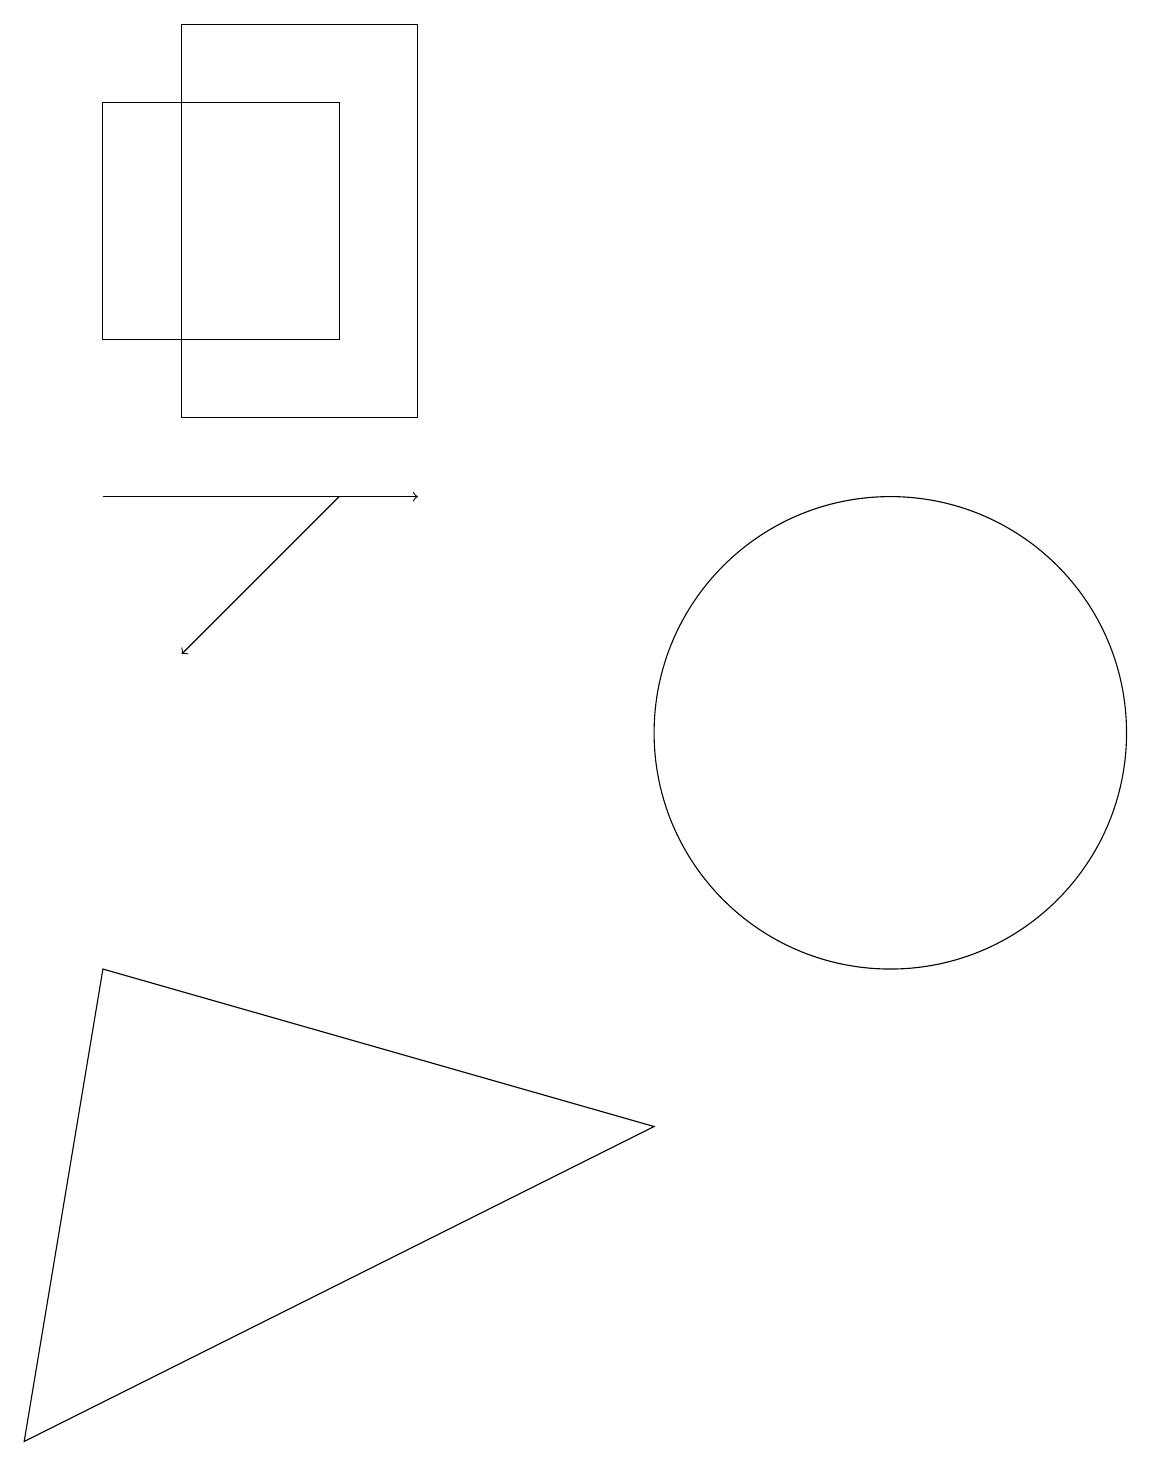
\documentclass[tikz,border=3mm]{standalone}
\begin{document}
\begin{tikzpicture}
\draw (3,14) rectangle (6,19);
\draw[->] (2,13) -- (6,13);
\draw[->] (5,13) -- (3,11);
\draw (5,15) rectangle (2,18);
\draw (12,10) circle (3);
\draw (1,1) -- (9,5) -- (2,7) -- cycle;
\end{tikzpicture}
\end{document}